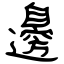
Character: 邊